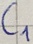
Text: C1